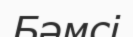
Бәмсі